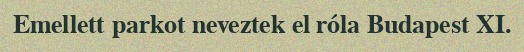
Emellett parkot neveztek el róla Budapest XI.